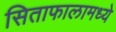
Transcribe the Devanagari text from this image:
सिताफालामध्ये